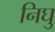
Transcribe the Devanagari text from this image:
निघु